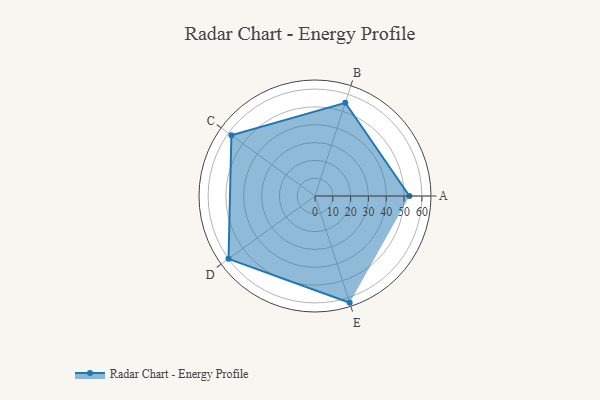
{"axis": {"x": "Skill", "y": "Score"}, "legend": ["Profile"], "data": [{"x": "A", "y": 53.0, "type": "Profile"}, {"x": "B", "y": 55.0, "type": "Profile"}, {"x": "C", "y": 58.0, "type": "Profile"}, {"x": "D", "y": 60.0, "type": "Profile"}, {"x": "E", "y": 63.0, "type": "Profile"}]}